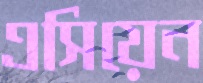
এসিয়েন